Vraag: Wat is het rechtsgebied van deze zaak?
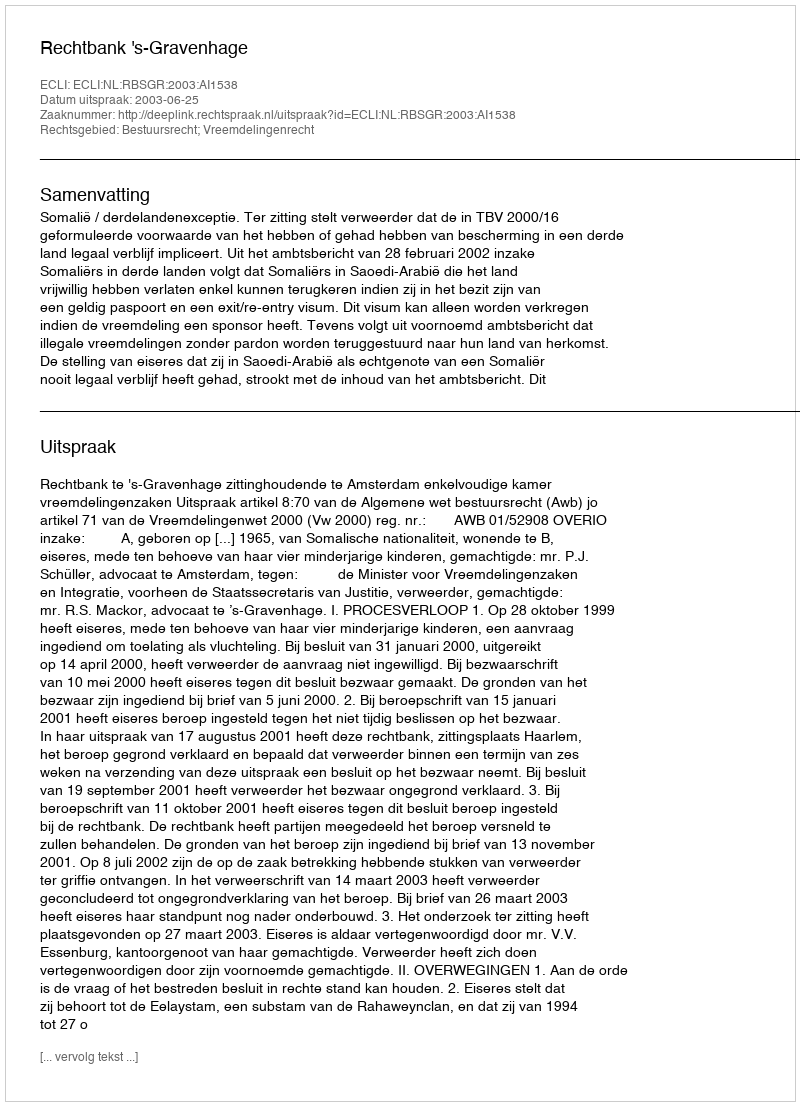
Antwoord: Bestuursrecht; Vreemdelingenrecht